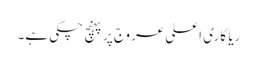
ریا کاری اعلی عروج پر پہنچ چکی ہے۔